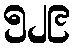
၅၂၉